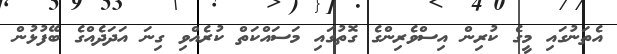
އެތަނުގައި މީގެ ކުރިން އިސްވެރިންގެ ގޮތުގައި މަސައްކަތް ކުރެއްވި ގިނަ އަދަދެއްގެ ބޭފުޅުން